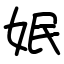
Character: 姄